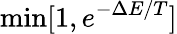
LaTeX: \operatorname*{min}[1,e^{-\Delta E/T}]